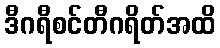
ဒီဂရီစင်တီဂရိတ်အထိ